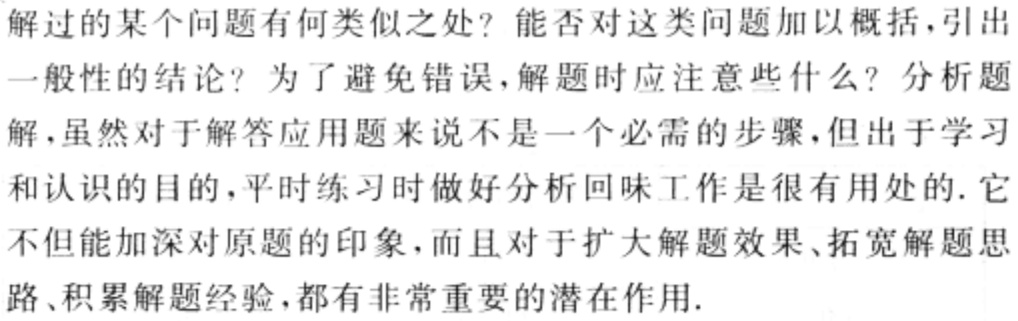
解过的某个问题有何类似之处？能否对这类问题加以概括，引出一般性的结论？为了避免错误，解题时应注意些什么？分析题解，虽然对于解答应用题来说不是一个必需的步骤，但出于学习和认识的目的，平时练习时做好分析回味工作是很有用处的. 它不但能加深对原题的印象，而且对于扩大解题效果、拓宽解题思路、积累解题经验，都有非常重要的潜在作用.